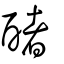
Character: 醏